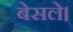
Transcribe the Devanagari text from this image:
बेसले।